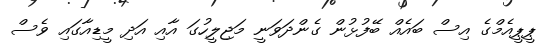
ޕީޕީއެމްގެ އިސް ބައެއް ބޭފުޅުން ގެންދަވަނީ މަޖިލީހުގަ އާއި އަދި މީޑިއާގައި ވެސް